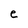
Character: e